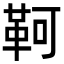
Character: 𩊆